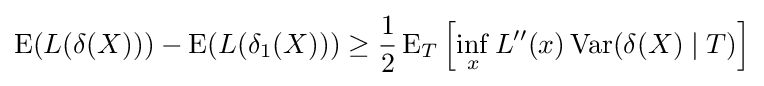
\operatorname {E} (L(\delta (X)))-\operatorname {E} (L(\delta _{1}(X)))\geq {\frac {1}{2}}\operatorname {E} _{T}\left[\inf _{x}L''(x)\operatorname {Var} (\delta (X)\mid T)\right]